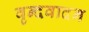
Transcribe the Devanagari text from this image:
वृन्दवादन